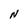
Character: N